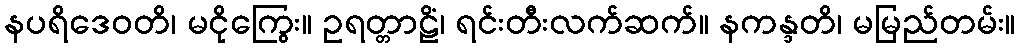
နပရိဒေဝတိ၊ မငိုကြွေး။ ဥရတ္တာဠိံ၊ ရင်းတီးလက်ဆက်။ နကန္ဒတိ၊ မမြည်တမ်း။